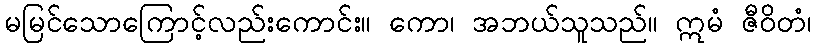
မမြင်သောကြောင့်လည်းကောင်း။ ကော၊ အဘယ်သူသည်။ ဣမံ ဇီဝိတံ၊